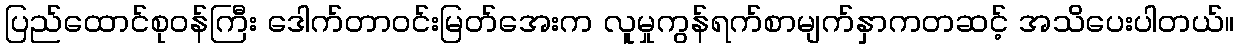
ပြည်ထောင်စုဝန်ကြီး ဒေါက်တာဝင်းမြတ်အေးက လူမှုကွန်ရက်စာမျက်နှာကတဆင့် အသိပေးပါတယ်။